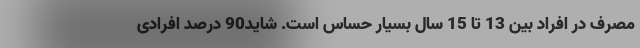
مصرف در افراد بین 13 تا 15 سال بسیار حساس است. شاید90 درصد افرادی